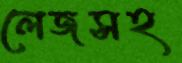
লেজসহ